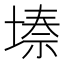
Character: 𭏌